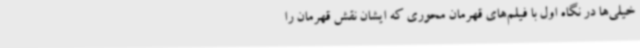
خیلی‌ها در نگاه اول با فیلم‌های قهرمان محوری که ایشان نقش قهرمان را